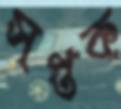
সপ্তক